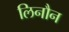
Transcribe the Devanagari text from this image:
लिनौन